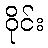
ဝိုင်း